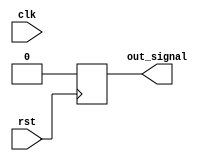
module reset_behavior_module (
    input wire clk,
    input wire rst,
    output reg out_signal
);
    
always @(posedge rst) begin
    // Actions to be performed when rst transitions from low to high
    // e.g. reset some registers or variables
    out_signal <= 1'b0; // Sample action: resetting out_signal to 0
end

endmodule